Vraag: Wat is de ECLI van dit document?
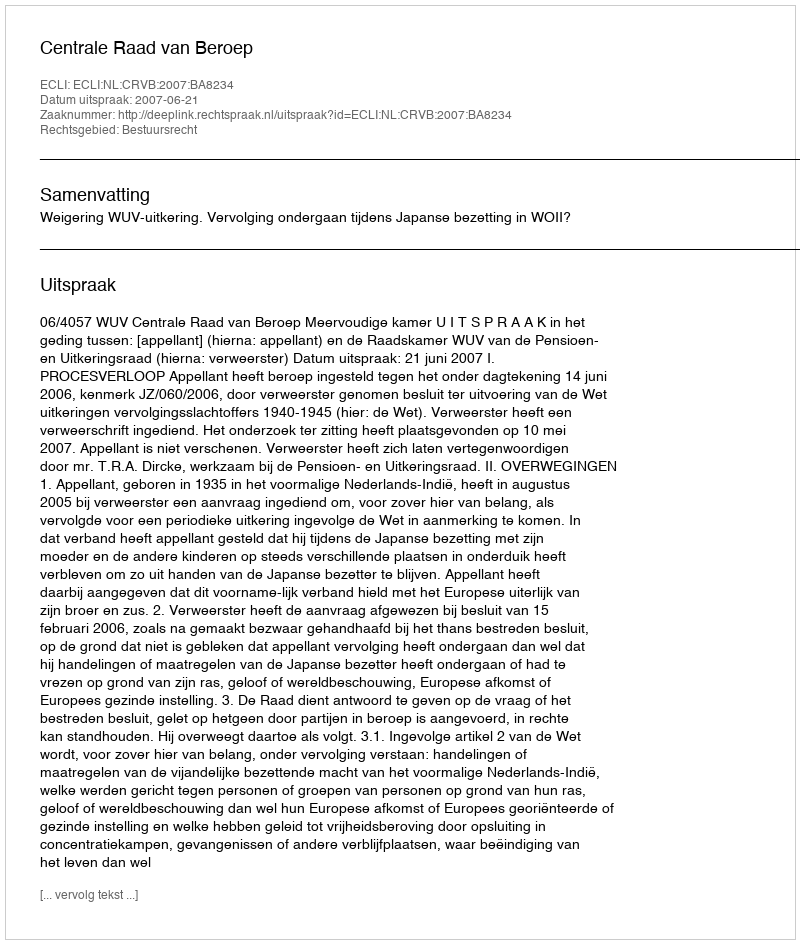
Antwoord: ECLI:NL:CRVB:2007:BA8234